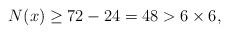
LaTeX: \begin{align*} N(x)\geq 72-24=48>6\times 6,\end{align*}